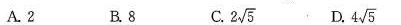
A. 2 B.8 C. 2\sqrt{5} D. 4 \sqrt{5}